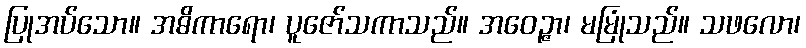
ပြုအပ်သော။ အဓိကာရော၊ ပူဇော်သကာသည်။ အဝေဉ္ဇာ၊ မမြုံသည်။ သဖလော၊